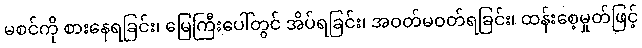
မစင်ကို စားနေရခြင်း၊ မြေကြီးပေါ်တွင် အိပ်ရခြင်း၊ အဝတ်မဝတ်ရခြင်း၊ ထန်းစေ့မှုတ်ဖြင့်